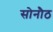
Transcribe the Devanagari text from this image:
सोनौठ